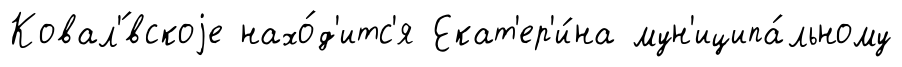
Ковал'́вскоjе нахо́д'итс'я Екат'ер'и́на мун'иципа́льному